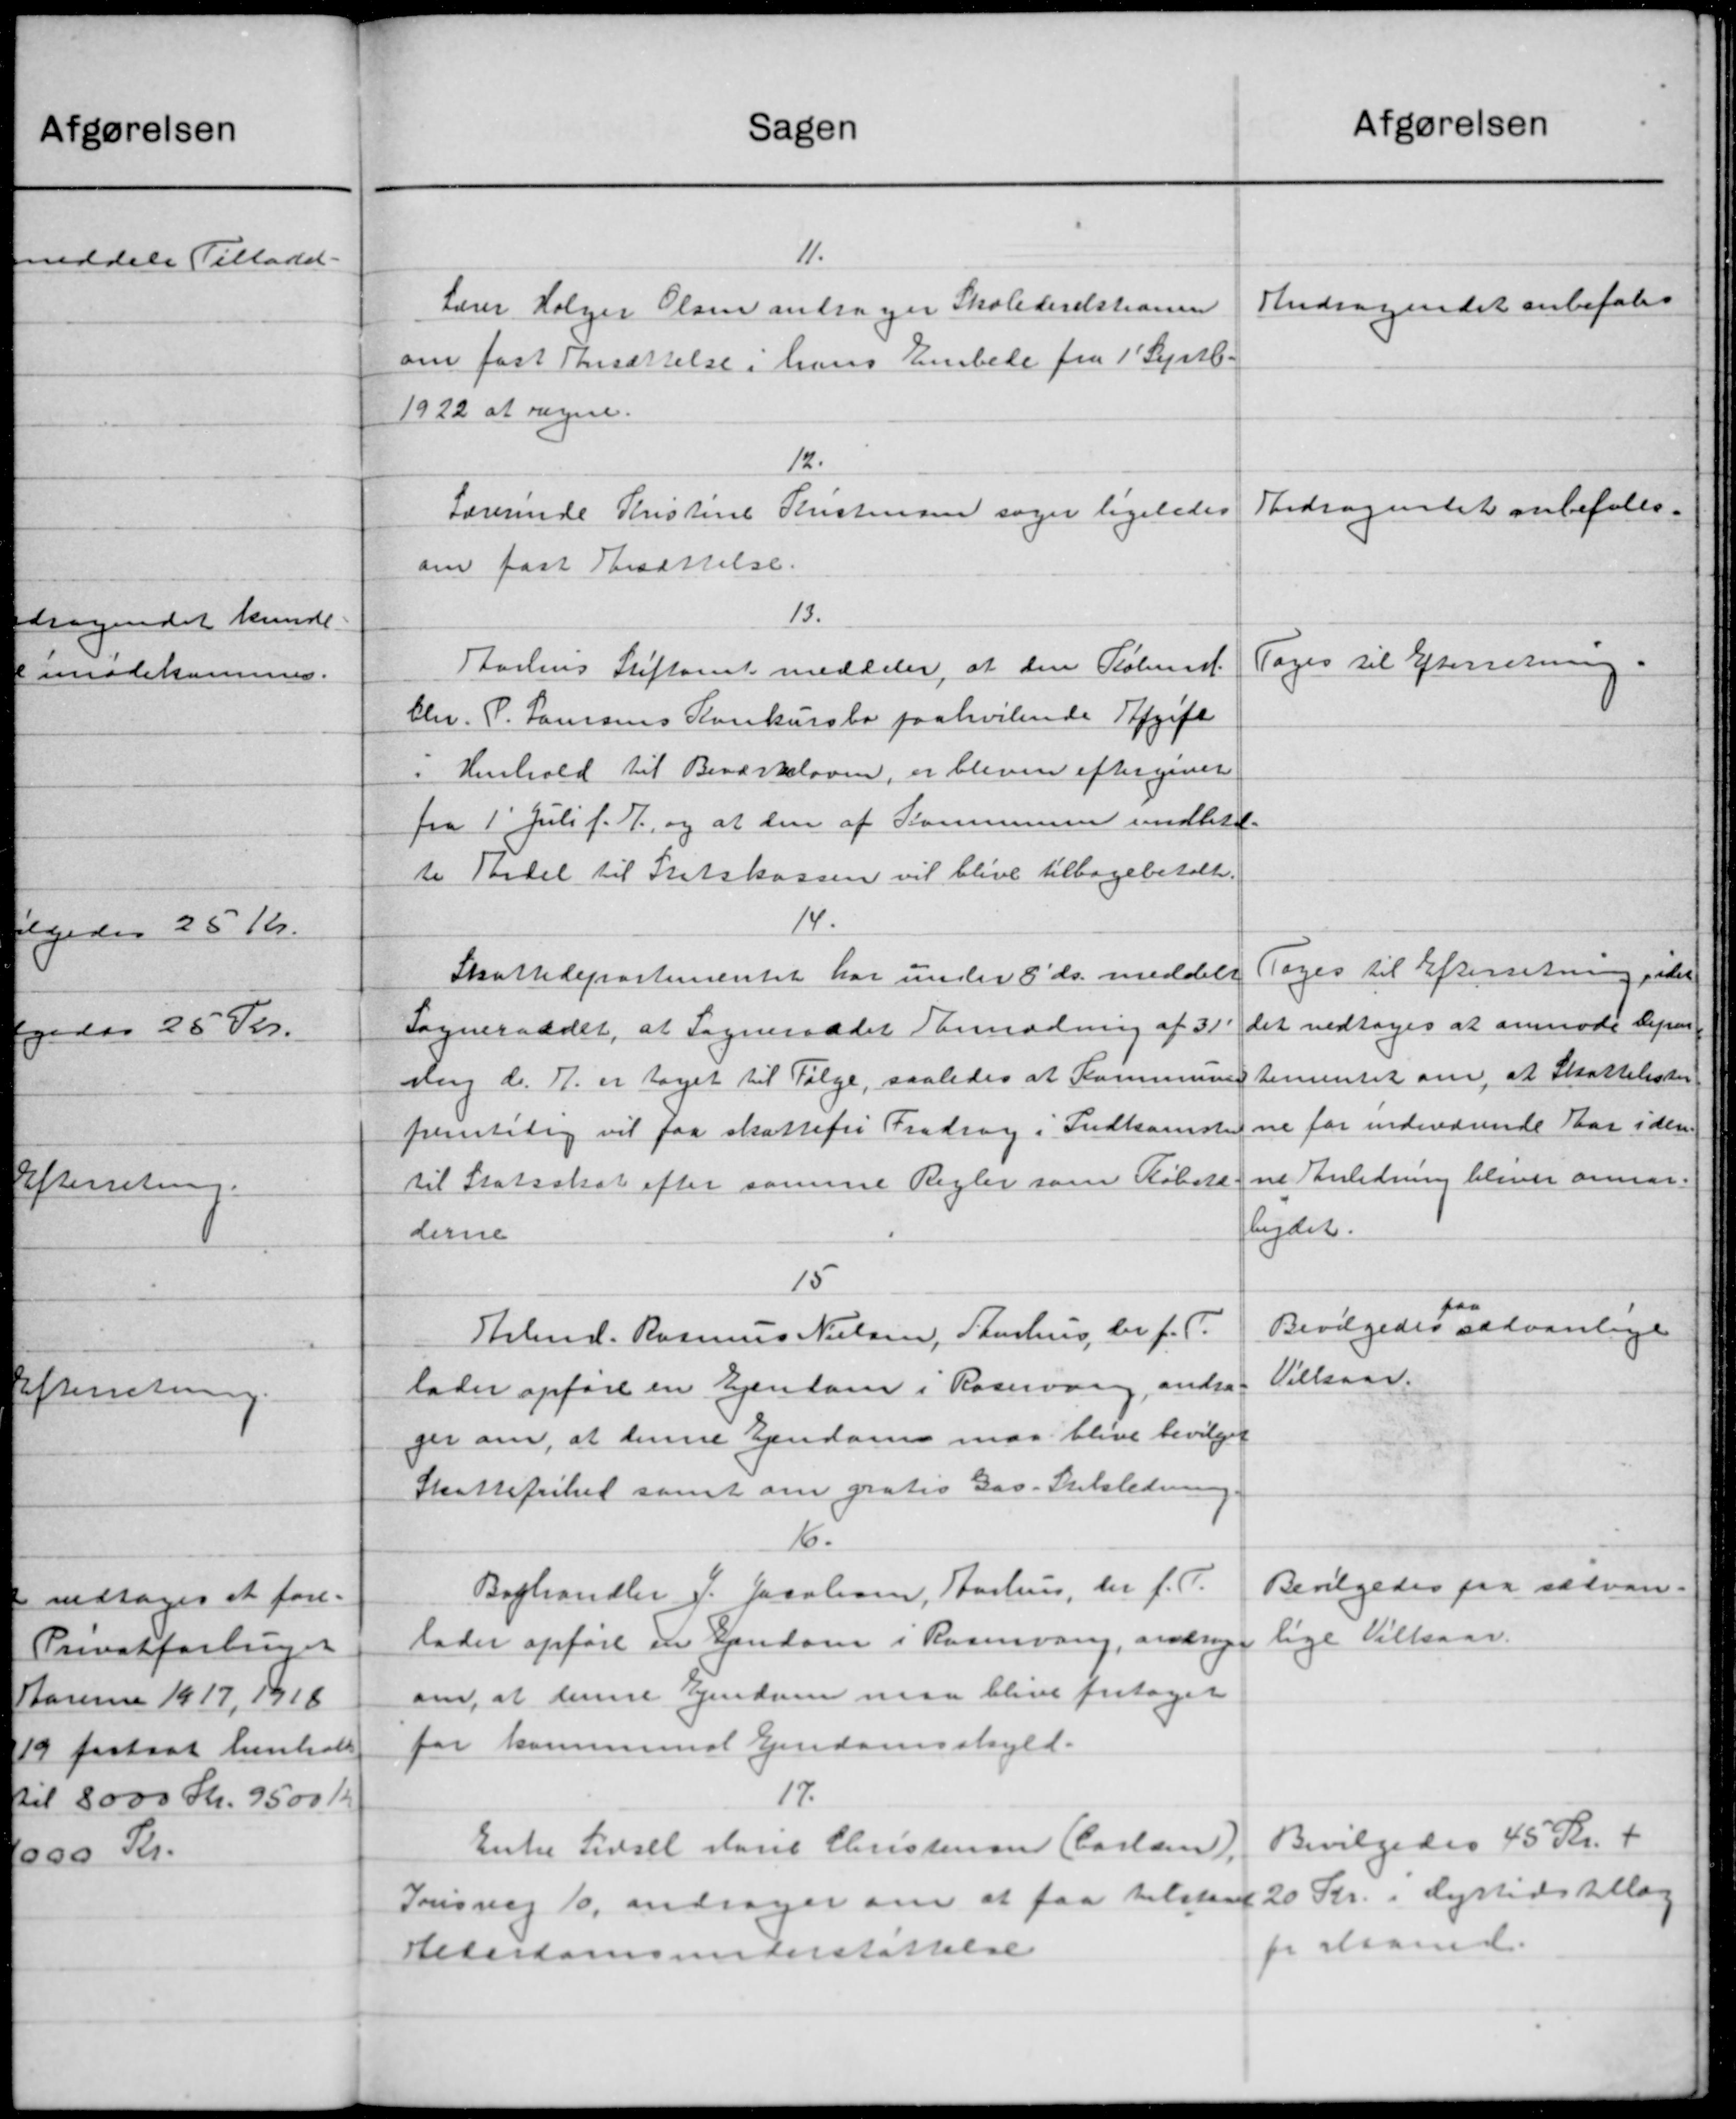
Transskription:
Sagen
11.
Lærer Holger Olsen andrager Skoledirektionen
om fast Ansættelse i hans Embede fra 1' Septb.
1922 at regne.
12.
Lærerinde Kristine Kristensen søger ligeledes
om fast Besættelse.
13.
Aarhus Stiftamt meddeler, at sin Købmd.
Chr. P. Laursens Konkursbo paahvilende Afgift
i Henhold til Beværkeloven, er bleven eftergiver
fra 1' Juli f. 7 og at den af Kommunen indberet-
te Thedel til Statskassen vil blive tilbagebetalt.
14.
Skattedepartementet har under 8' ds. meddelt
Sogneraadet, at Sogneraadet Anmodning af 31
slag d. A. er taget til Følge, saaledes at Kommunen
fremtidig vil faa skattefri Fradrag i Indkomste
til Statsskat efter samme Regler som Købet
derne
15
Stbmd. Rasmus Nielsen, Sturhus, der f. T.
lader opføre en Ejendom i Roservang, andrag
ger om, at denne Ejendom maa blive bevilget
Skattefrikel samt om gratis Gas-Selsledning
6.
Boghandler P. Jacobsen, Aarhus, der f. P.
lader opføre en Ejendom i Rosenvang, andrage
om, at denne Ejendom maa blive fritaget
for kommunal Ejendomsskyld.
17.
Enke Sidsel Marie Christensen (Carlsen).
Trisvej 10, andrager om at faa tilstaaet
Hederdomsunderstøttelse